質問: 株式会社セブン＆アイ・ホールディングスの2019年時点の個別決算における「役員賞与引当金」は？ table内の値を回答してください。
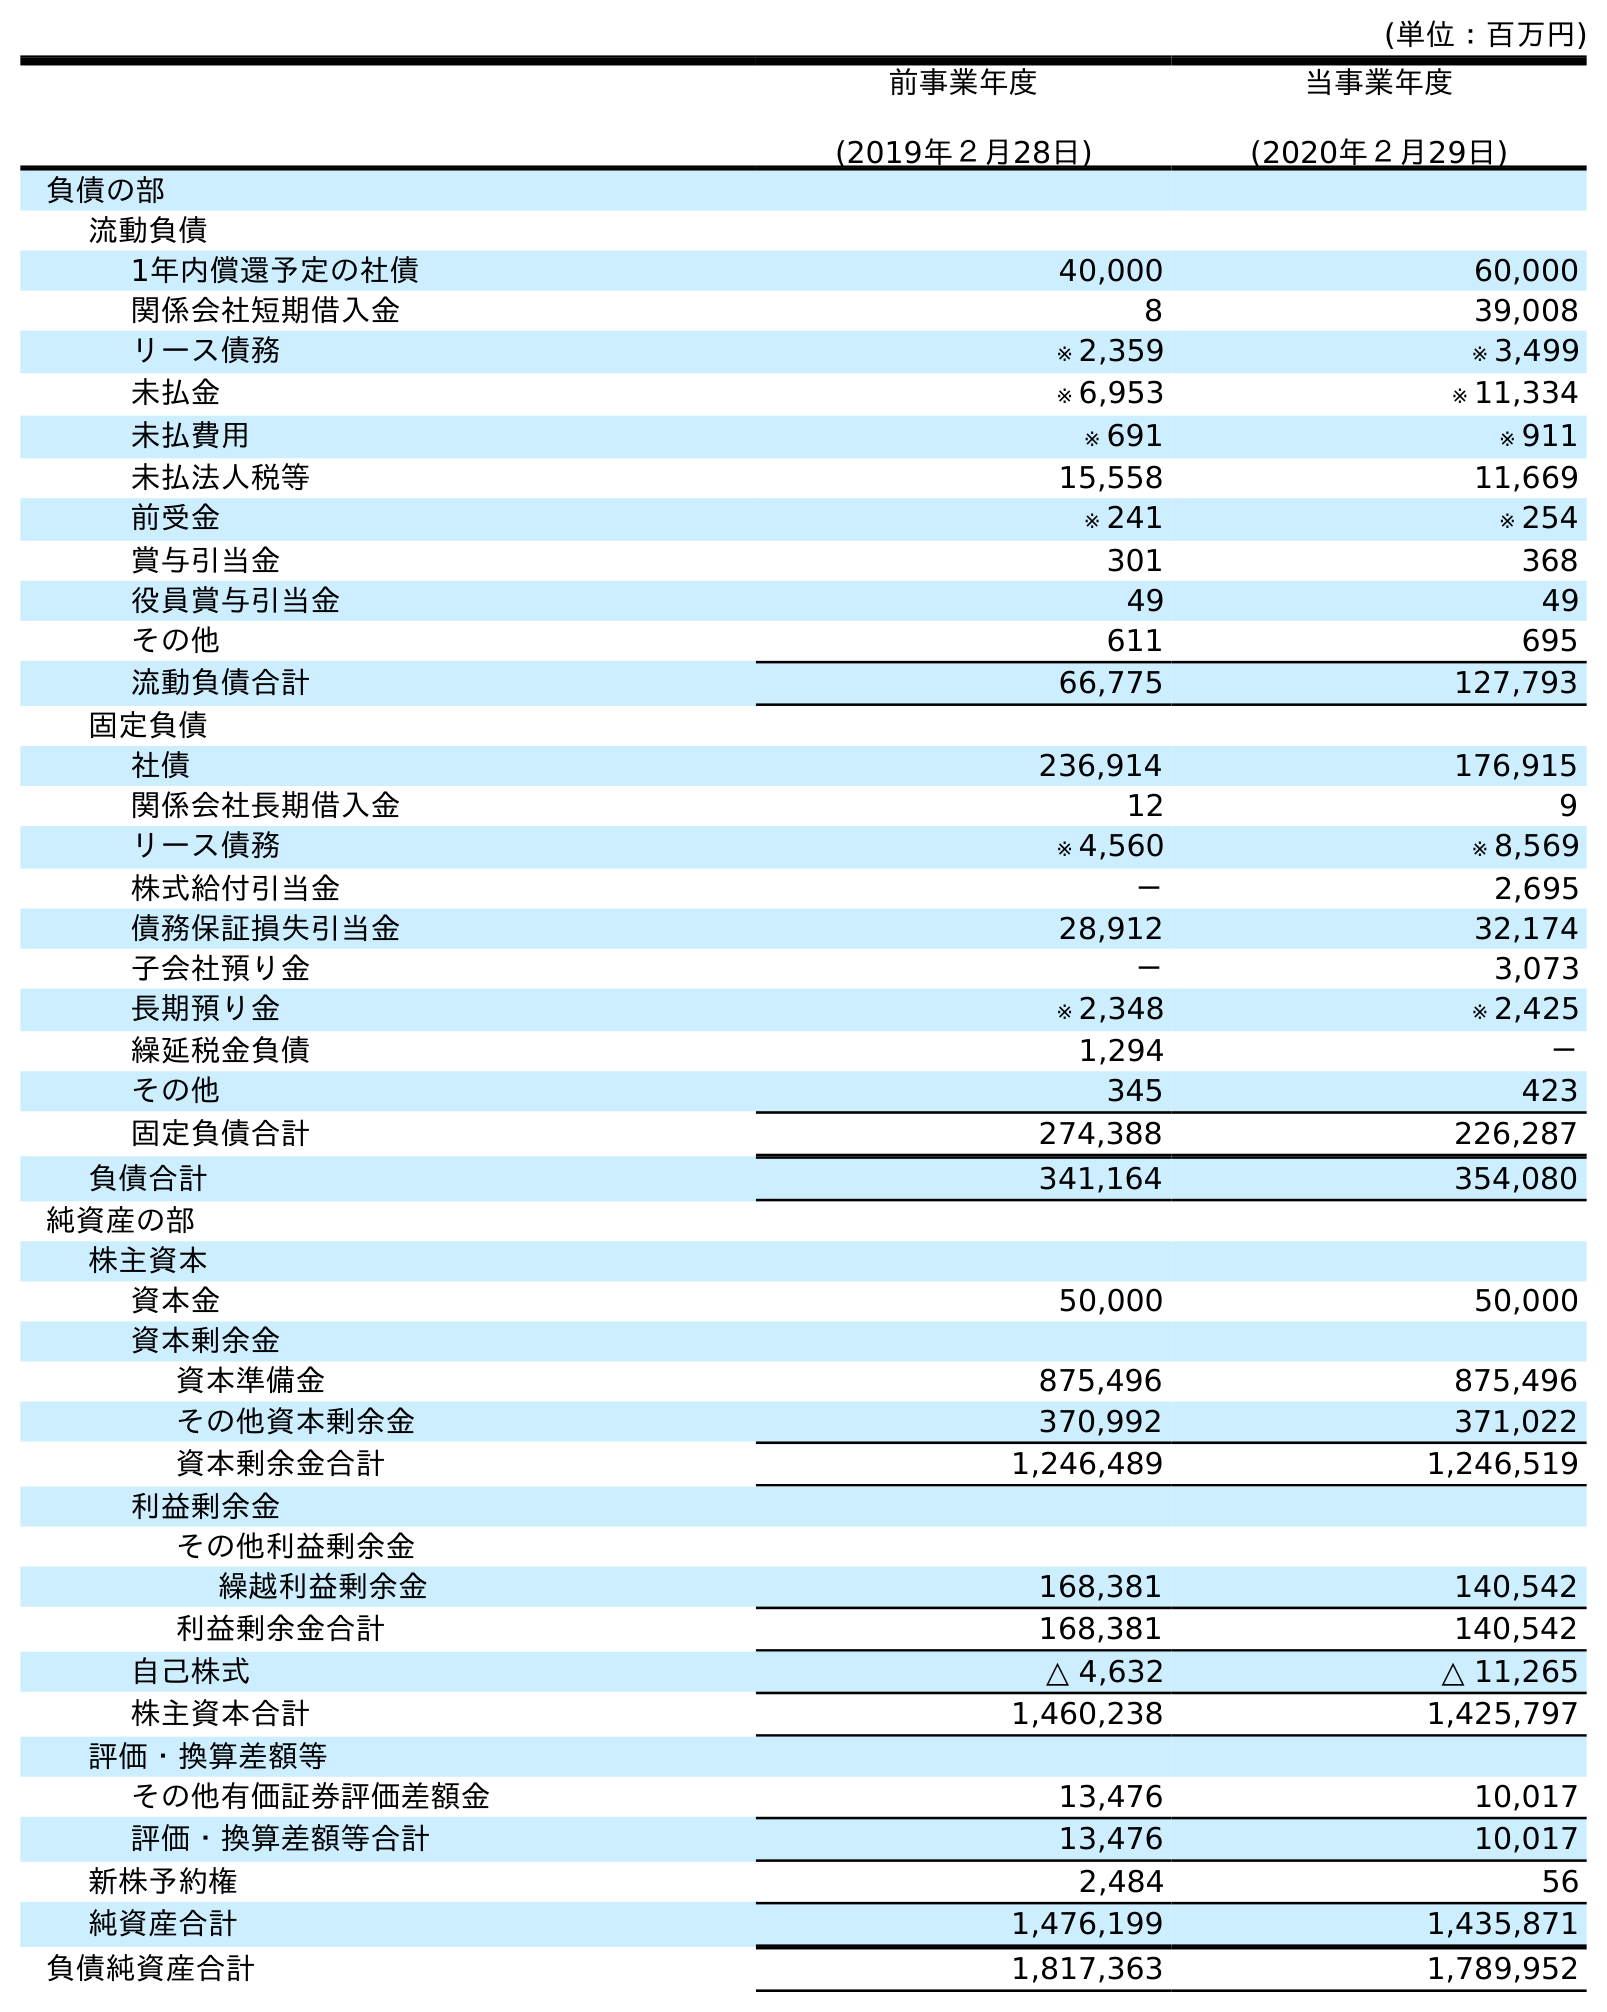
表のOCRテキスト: (単位：百万円) 前事業年度 (2019年２月28日) 当事業年度 (2020年２月29日) 負債の部 流動負債 1年内償還予定の社債 40,000 60,000 関係会社短期借入金 8 39,008 リース債務 ※ 2,359 ※ 3,499 未払金 ※ 6,953 ※ 11,334 未払費用 ※ 691 ※ 911 未払法人税等 15,558 11,669 前受金 ※ 241 ※ 254 賞与引当金 301 368 役員賞与引当金 49 49 その他 611 695 流動負債合計 66,775 127,793 固定負債 社債 236,914 176,915 関係会社長期借入金 12 9 リース債務 ※ 4,560 ※ 8,569 株式給付引当金 － 2,695 債務保証損失引当金 28,912 32,174 子会社預り金 － 3,073 長期預り金 ※ 2,348 ※ 2,425 繰延税金負債 1,294 － その他 345 423 固定負債合計 274,388 226,287 負債合計 341,164 354,080 純資産の部 株主資本 資本金 50,000 50,000 資本剰余金 資本準備金 875,496 875,496 その他資本剰余金 370,992 371,022 資本剰余金合計 1,246,489 1,246,519 利益剰余金 その他利益剰余金 繰越利益剰余金 168,381 140,542 利益剰余金合計 168,381 140,542 自己株式 △ 4,632 △ 11,265 株主資本合計 1,460,238 1,425,797 評価・換算差額等 その他有価証券評価差額金 13,476 10,017 評価・換算差額等合計 13,476 10,017 新株予約権 2,484 56 純資産合計 1,476,199 1,435,871 負債純資産合計 1,817,363 1,789,952
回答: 49